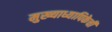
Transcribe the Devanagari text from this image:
मुख्याध्यापिकेची